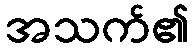
အသက်၏